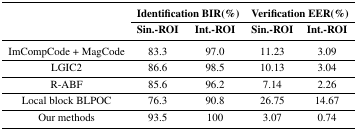
<table><thead><tr><td rowspan="3"></td><td colspan="2"><b>Identification BIR(%)</b></td><td colspan="2"><b>Verification EER(%)</b></td></tr><tr><td><b>Sin.-ROI</b></td><td><b>Int.-ROI</b></td><td><b>Sin.-ROI</b></td><td><b>Int.-ROI</b></td></tr></thead><tbody><tr><td>ImCompCode + MagCode</td><td>83.3</td><td>97.0</td><td>11.23</td><td>3.09</td></tr><tr><td>LGIC2</td><td>86.6</td><td>98.5</td><td>10.13</td><td>3.04</td></tr><tr><td>R-ABF</td><td>85.6</td><td>96.2</td><td>7.14</td><td>2.26</td></tr><tr><td>Local block BLPOC</td><td>76.3</td><td>90.8</td><td>26.75</td><td>14.67</td></tr><tr><td>Our methods</td><td>93.5</td><td>100</td><td>3.07</td><td>0.74</td></tr></tbody></table>